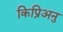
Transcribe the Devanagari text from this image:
किप्रिअनु